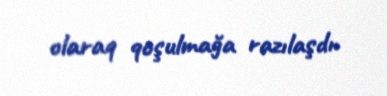
olaraq qoşulmağa razılaşdı.